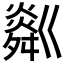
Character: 𤏞